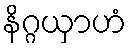
နိဂ္ဂယှာဟံ